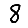
Digit: 8